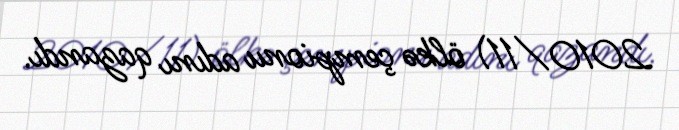
2010/11) ölkə çempionu adını qazandı.